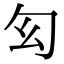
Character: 𠣎